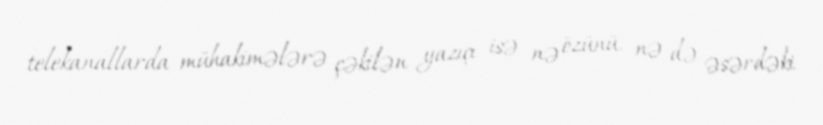
telekanallarda mühakimələrə çəkilən yazıçı isə nə özünü, nə də əsərdəki